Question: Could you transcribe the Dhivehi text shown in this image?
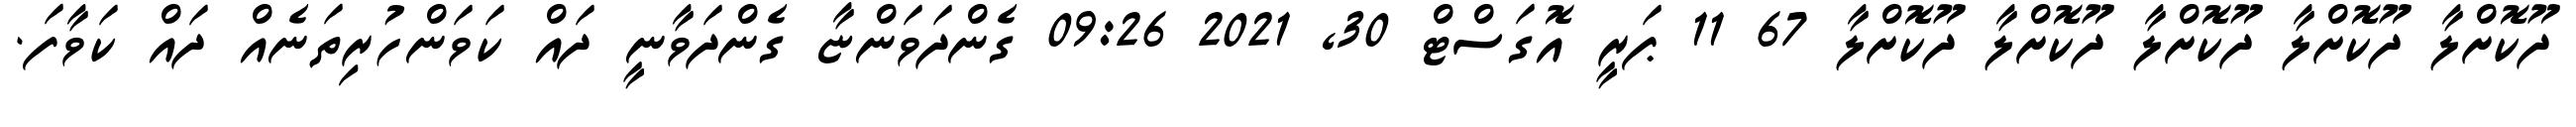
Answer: ދޫކޮށްލާ ދޫކޮށްލާ ދޫކޮށްލާ ދޫކޮށްލާ ދޫކޮށްލާ 67 11 ޕަރީ އޮގަސްޓް 30, 2021 09:26 ގެންދަވަންޏާ ގެންދަވާނީ ދައް ކަވަންހުރިތަނެއް ދައް ކަވާފަ.